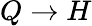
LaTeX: Q\rightarrow H